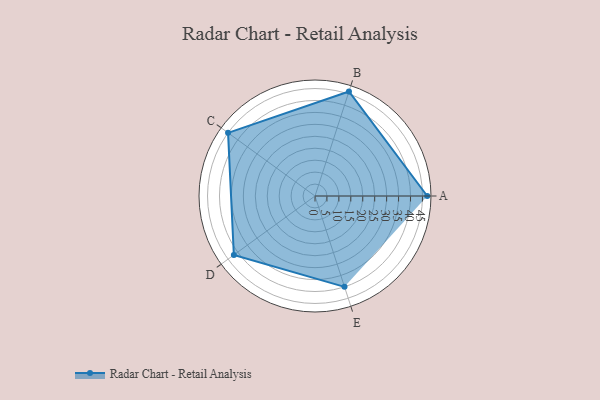
{"axis": {"x": "Skill", "y": "Score"}, "legend": ["Profile"], "data": [{"x": "A", "y": 47.0, "type": "Profile"}, {"x": "B", "y": 46.0, "type": "Profile"}, {"x": "C", "y": 45.0, "type": "Profile"}, {"x": "D", "y": 42.0, "type": "Profile"}, {"x": "E", "y": 40.0, "type": "Profile"}]}